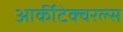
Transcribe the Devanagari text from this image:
आर्कीटेक्चरल्स